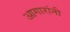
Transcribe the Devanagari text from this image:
आगारांनी